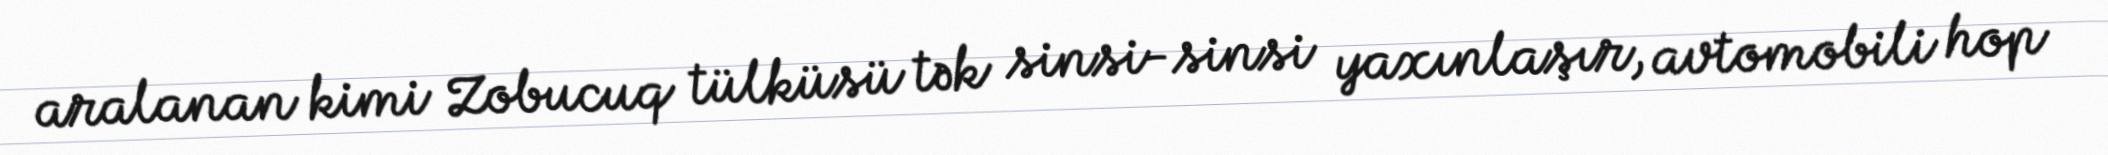
aralanan kimi Zobucuq tülküsü tək sinsi-sinsi yaxınlaşır, avtomobili hop